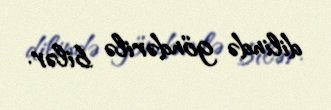
dilində göndərilə bilər.